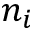
n _ { i }